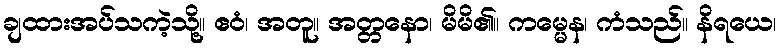
ချထားအပ်သကဲ့သို့။ ဧဝံ၊ အတူ။ အတ္တနော၊ မိမိ၏။ ကမ္မေန၊ ကံသည်။ နိရယေ၊